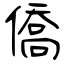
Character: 僑